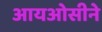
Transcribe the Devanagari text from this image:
आयओसीने